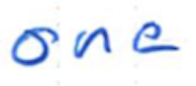
Text: one
Cross-out: clean
Writing tool: ballpoint